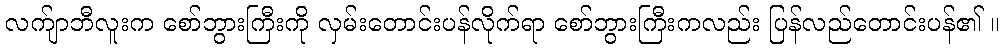
လက်ျာဘီလူးက စော်ဘွားကြီးကို လှမ်းတောင်းပန်လိုက်ရာ စော်ဘွားကြီးကလည်း ပြန်လည်တောင်းပန်၏ ။